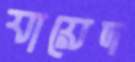
যায়েদ